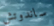
ساندوتش